Indian journal of veterinary science and animal husbandry - Volumes 22-23, 1952-1953
Year: 1952
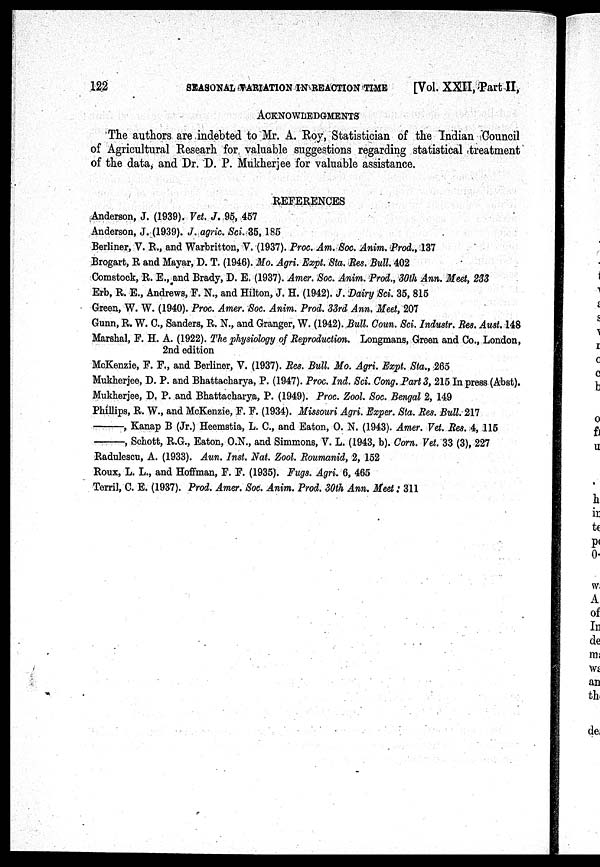
122
SEASONAL VARIATION IN REACTION TIME
[Vol. XXII, Part II,
ACKNOWLEDGMENTS
The authors are indebted to Mr. A. Roy, Statistician of the Indian Council
of Agricultural Researh for valuable suggestions regarding statistical treatment
of the data, and Dr. D. P. Mukherjee for valuable assistance.
REFERENCES
Anderson, J. (1939). Vet. J. 95, 457
Anderson, J. (1939). J. agric. Sci. 35, 185
Berliner, V. R., and Warbritton, V. (1937). Proc. Am. Soc. Anim. Prod., 137
Brogart, R and Mayar, D. T. (1946). Mo. Agri. Expt. Sta. Res. Bull. 402
Comstock, R. E., and Brady, D. E. (1937). Amer. Soc. Anim. Prod., 30th Ann. Meet, 233
Erb, R. E., Andrews, F. N., and Hilton, J. H. (1942). J. Dairy Sci. 35, 815
Green, W. W. (1940). Proc. Amer. Soc. Anim. Prod. 33rd Ann. Meet, 207
Gunn, R. W. C., Sanders, R. N., and Granger, W. (1942). Bull. Coun. Sci. Industr. Res. Aust. 148
Marshal, F. H. A. (1922). The physiology of Reproduction. Longmans, Green and Co., London,
2nd edition
McKenzie, F. F., and Berliner, V. (1937). Res. Bull. Mo. Agri. Expt. Sta., 265
Mukherjee, D. P. and Bhattacharya, P. (1947). Proc. Ind. Sci. Cong. Part 3, 215 In press (Abst).
Mukherjee, D. P. and Bhattacharya, P. (1949). Proc. Zool. Soc. Bengal 2, 149
Phillips, R. W., and McKenzie, F. F. (1934). Missouri Agri. Exper. Sta. Res. Bull. 217
—,
Kanap B (Jr.) Heemstia, L. C., and Eaton, 0. N. (1943). Amer. Vet. Res. 4, 115
—,
Schott, R.G., Eaton, O.N., and Simmons, V. L. (1943, b). Corn. Vet. 33 (3), 227
Radulescu, A. (1933). Aun. Inst. Nat. Zool. Roumanid, 2, 152
Roux, L. L., and Hoffman, F. F. (1935). Fugs. Agri. 6, 465
Terril, C. E. (1937). Prod. Amer. Soc. Anim. Prod. 30th Ann. Meet : 311